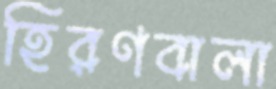
হিরণবালা